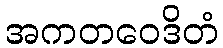
အကတဝေဒိတံ